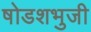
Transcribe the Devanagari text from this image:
षोडशभुजी